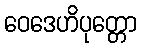
ဝေဒေဟိပုတ္တော